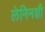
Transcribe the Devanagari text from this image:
लेनिनशी